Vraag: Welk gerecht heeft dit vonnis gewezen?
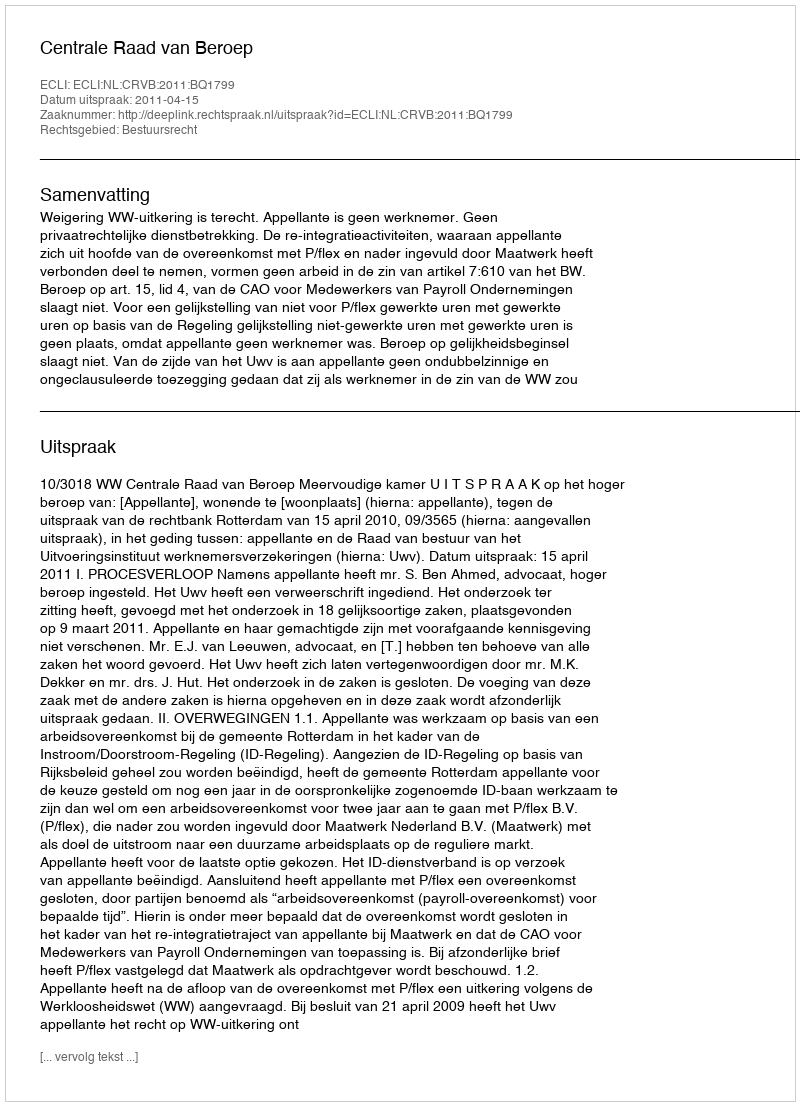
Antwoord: Centrale Raad van Beroep